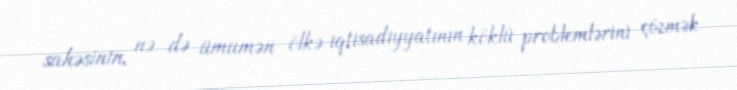
sahəsinin, nə də ümumən ölkə iqtisadiyyatının köklü problemlərini çözmək